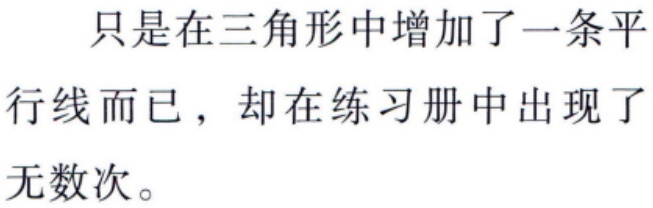
只是在三角形中增加了一条平行线而已，却在练习册中出现了无数次。